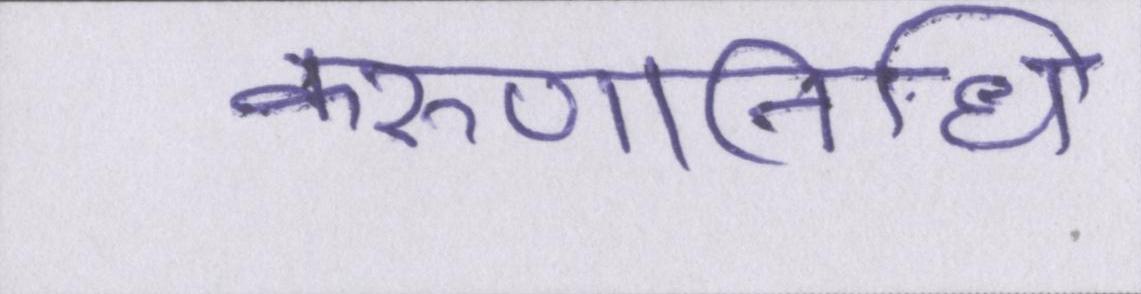
करुणानिधि